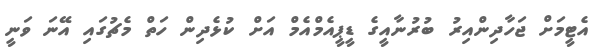
އެޓީމަށް ޖަހާދިންއިރު ބުރުނާއީގެ ޑީޕީއެމްްއެމް އަށް ކުޅެދިން ހަތް މެޗުގައި އޭނަ ވަނީ